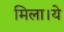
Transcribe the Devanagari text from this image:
मिला।ये